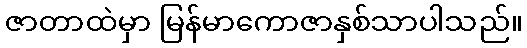
ဇာတာထဲမှာ မြန်မာကောဇာနှစ်သာပါသည်။